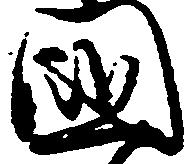
国